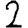
Digit: 2